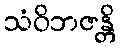
သံဝိဘဇန္တိ